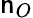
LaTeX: \mathsf{n}_{O}